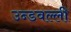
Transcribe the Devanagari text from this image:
उन्डवल्ली